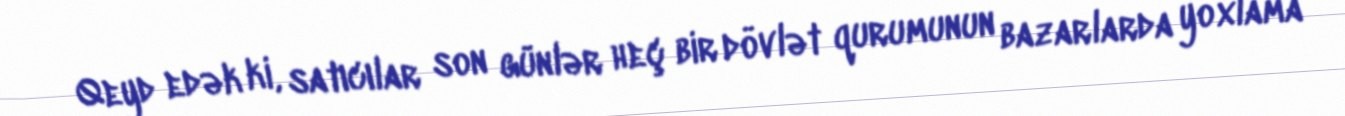
Qeyd edək ki, satıcılar son günlər heç bir dövlət qurumunun bazarlarda yoxlama